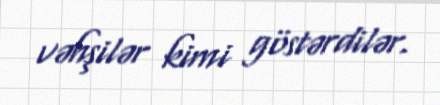
vəhşilər kimi göstərdilər.